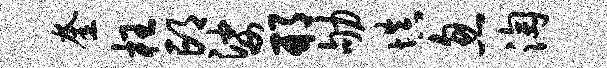
奎枉邙娑邢劬填忽淘